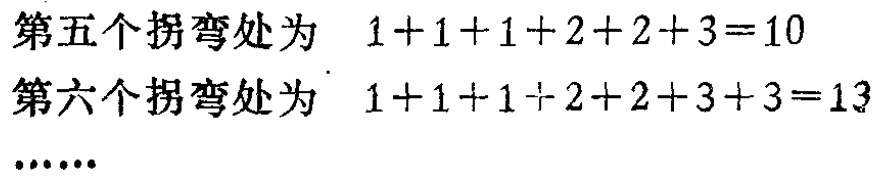
第五个拐弯处为 \(1 + 1 + 1 + 2 + 2 + 3 = 10\)
第六个拐弯处为 \(1 + 1 + 1 + 2 + 2 + 3 + 3 = 13\)
......